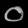
Digit: ၀